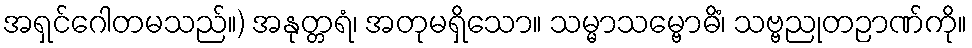
အရှင်ဂေါတမသည်။) အနုတ္တရံ၊ အတုမရှိသော။ သမ္မာသမ္ဗောဓိံ၊ သဗ္ဗညုတဉာဏ်ကို။